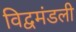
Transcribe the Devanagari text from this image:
विद्वमंडली